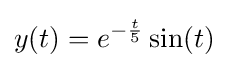
y(t)=e^{-{\frac {t}{5}}}\sin(t)